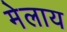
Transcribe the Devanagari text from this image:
मेलाय